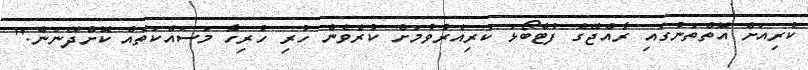
ކުރިއަށް އޮތްތަނުގައި ރާއްޖޭގެ ފުޓްބޯޅަ ކުރިއެރުވުމަށް ކުރެވެން ހުރި ހުރިހާ މަސައްކަތެއް ކޮށްދޭނަން."